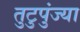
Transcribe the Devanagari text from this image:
तुटुपुंज्या